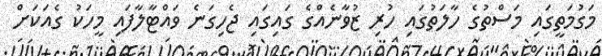
މަގުމަތީގައި މަސްތުގެ ހާލަތުގައި ހުރި ޒުވާނެއްގެ ގައިގައި ޖެހިގަނެ ވައްޓާާލާފައި މީހަކު ގެއަކަށް